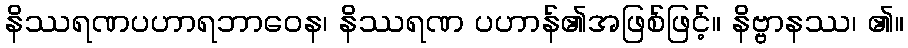
နိဿရဏပဟာရဘာဝေန၊ နိဿရဏ ပဟာန်၏အဖြစ်ဖြင့်။ နိဗ္ဗာနဿ၊ ၏။